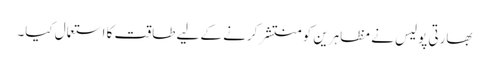
بھارتی پولیس نے مظاہرین کو منتشر کرنے کے لیے طاقت کا استعمال کیا۔